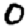
Digit: 0